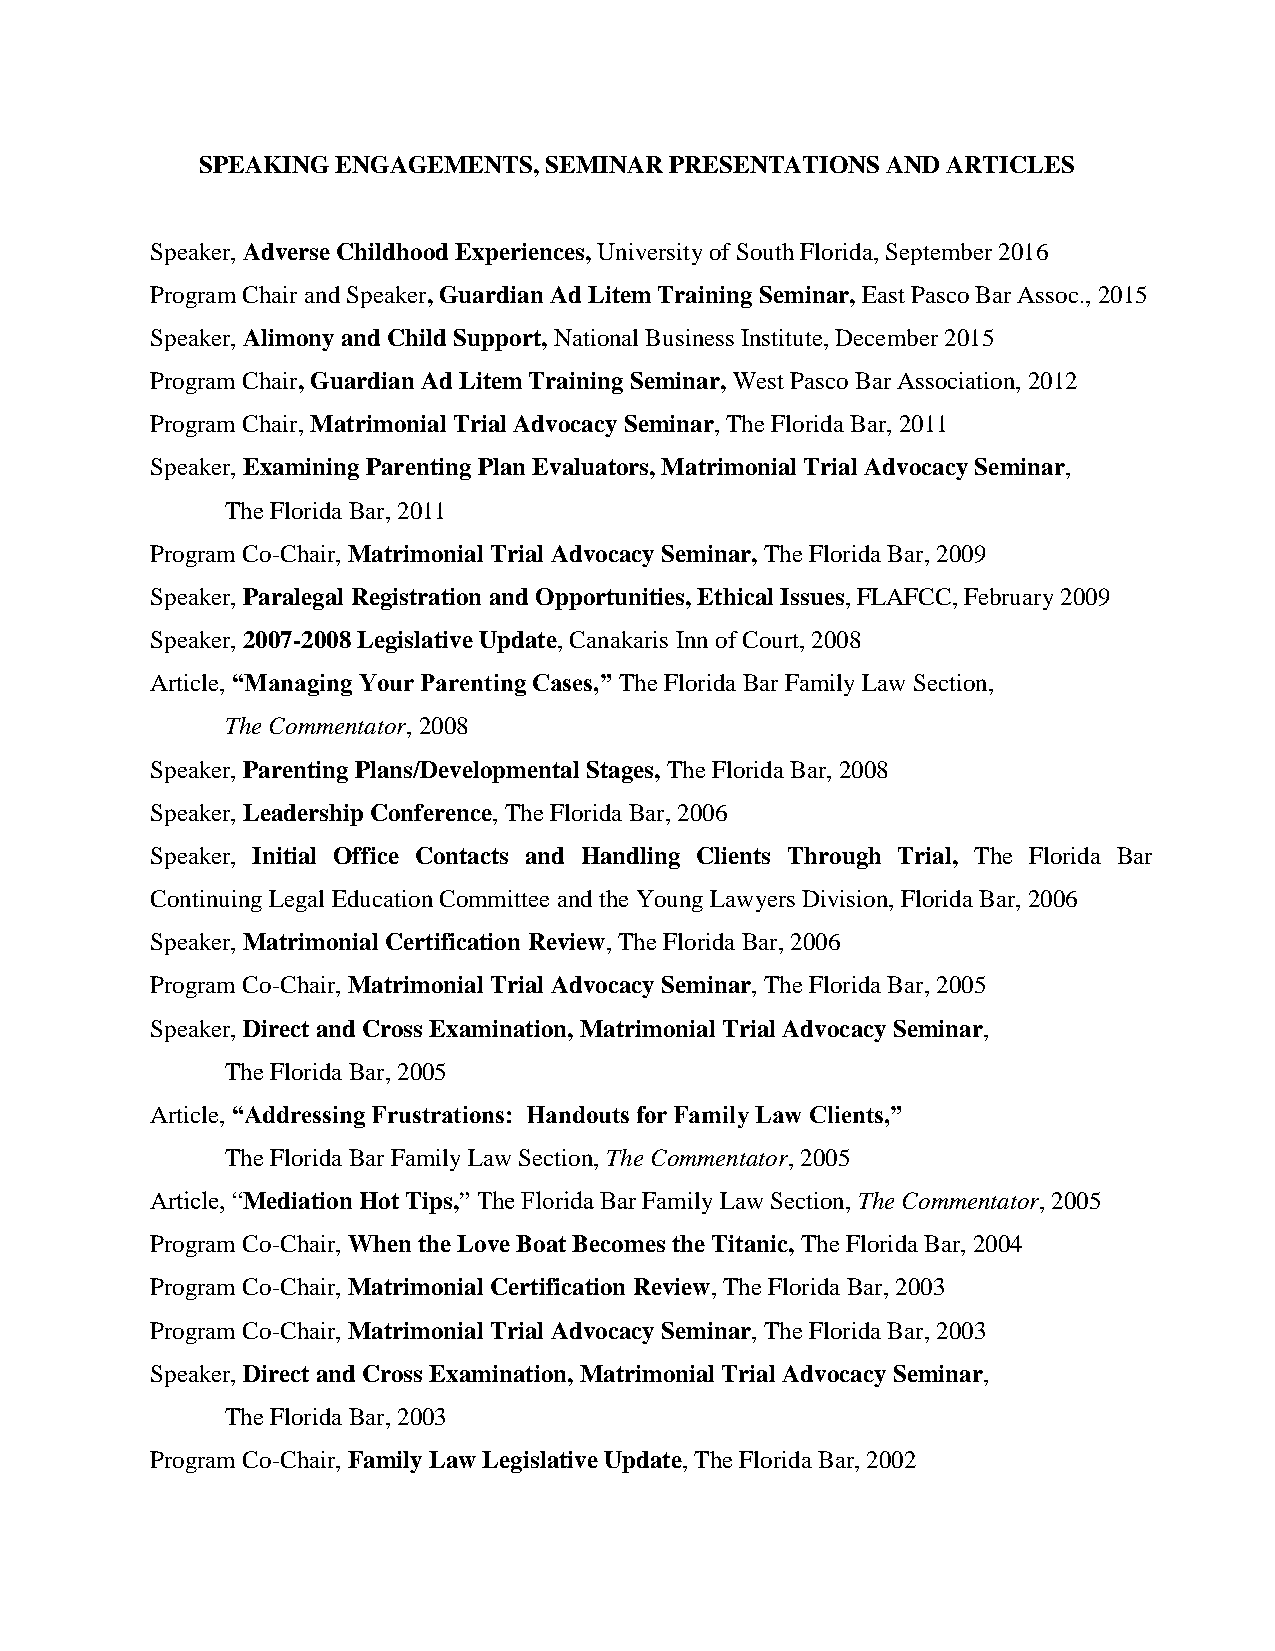
SPEAKING ENGAGEMENTS,  SEMINAR PRESENTATIONS  AND ARTICLES
 Speaker, Adverse Childhood Experiences, University of South Florida, September 2016
 Program Chair and Speaker, Guardian Ad Litem Training Seminar, East Pasco Bar Assoc., 2015
 Speaker, Alimony and Child Support, National Business Institute, December 2015
 Program Chair, Guardian Ad Litem Training Seminar, West Pasco Bar Association, 2012
 Program Chair, Matrimonial Trial Advocacy Seminar, The Florida Bar, 2011
 Speaker, Examining Parenting Plan Evaluators, Matrimonial Trial Advocacy Seminar,
 The Florida Bar, 2011
 Program Co-Chair, Matrimonial Trial Advocacy Seminar, The Florida Bar, 2009
 Speaker, Paralegal Registration and Opportunities, Ethical Issues, FLAFCC, February 2009
 Speaker, 2007-2008 Legislative Update, Canakaris Inn of Court, 2008
 Article, “Managing Your Parenting Cases,” The Florida Bar Family Law Section,
 The Commentator, 2008
 Speaker, Parenting Plans/Developmental Stages, The Florida Bar, 2008
 Speaker, Leadership Conference, The Florida Bar, 2006
 Speaker, Initial Office Contacts and Handling Clients Through Trial, The Florida Bar
 Continuing Legal Education Committee and the Young Lawyers Division, Florida Bar, 2006
 Speaker, Matrimonial Certification Review, The Florida Bar, 2006
 Program Co-Chair, Matrimonial Trial Advocacy Seminar, The Florida Bar, 2005
 Speaker, Direct and Cross Examination, Matrimonial Trial Advocacy Seminar,
 The Florida Bar, 2005
 Article, “Addressing Frustrations: Handouts for Family Law Clients,”
 The Florida Bar Family Law Section, The Commentator, 2005
 Article, “Mediation Hot Tips,” The Florida Bar Family Law Section, The Commentator, 2005
 Program Co-Chair, When the Love Boat Becomes the Titanic, The Florida Bar, 2004
 Program Co-Chair, Matrimonial Certification Review, The Florida Bar, 2003
 Program Co-Chair, Matrimonial Trial Advocacy Seminar, The Florida Bar, 2003
 Speaker, Direct and Cross Examination, Matrimonial Trial Advocacy Seminar,
 The Florida Bar, 2003
 Program Co-Chair, Family Law Legislative Update, The Florida Bar, 2002